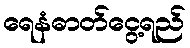
ရေနံဓာတ်ငွေ့ရည်